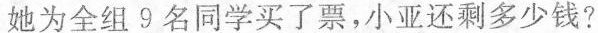
她为全组9名同学买了票，小亚还剩多少钱?